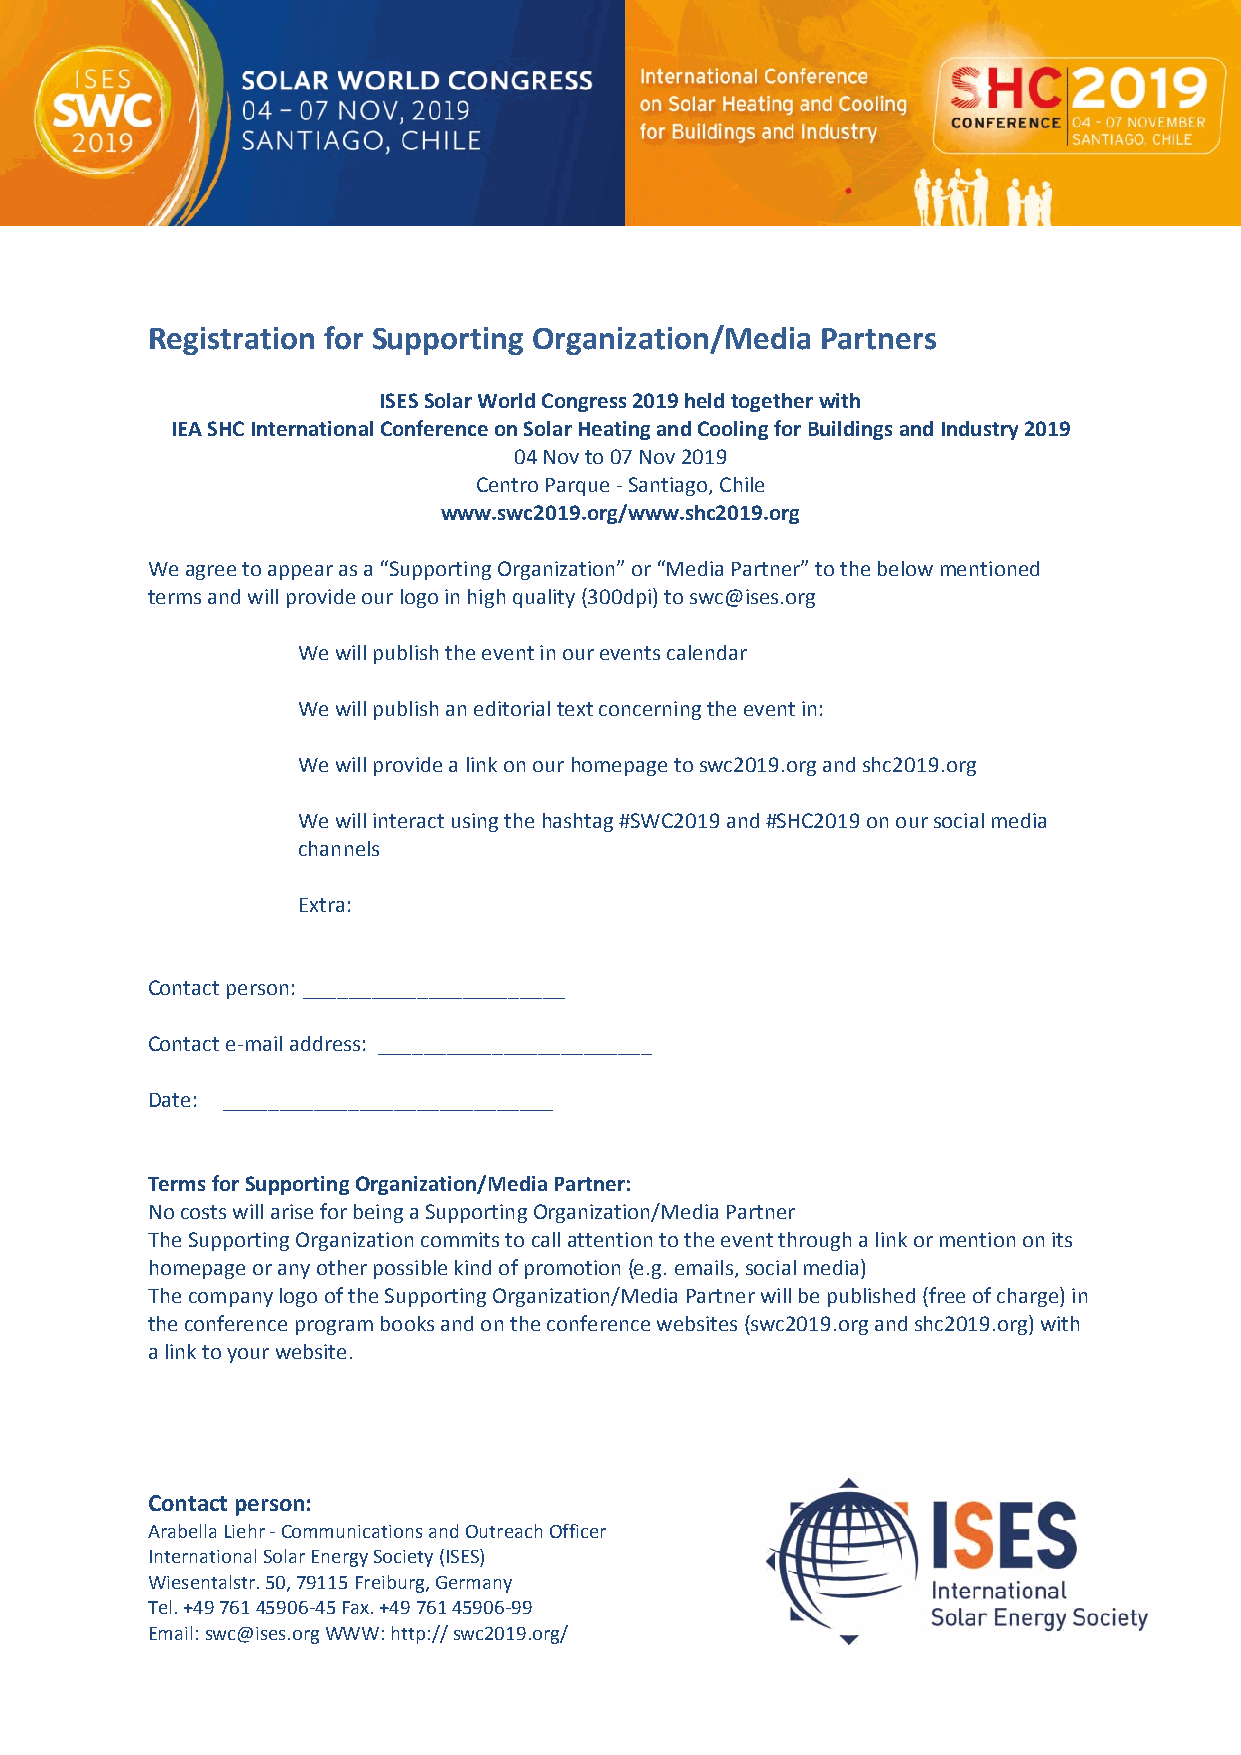
Registration for Supporting Organization/Media Partners
 ISES Solar World Congress 2019 held together with
 IEA SHC International Conference on Solar Heating and Cooling for Buildings and Industry 2019
 04 Nov to 07 Nov 2019
 Centro Parque ‐ Santiago, Chile
 www.swc2019.org/www.shc2019.org
 We agree to appear as a “Supporting Organization” or “Media Partner” to the below mentioned
 terms and will provide our logo in high quality (300dpi) to swc@ises.org
 We will publish the event in our events calendar
 We will publish an editorial text concerning the event in:
 We will provide a link on our homepage to swc2019.org and shc2019.org
 We will interact using the hashtag #SWC2019 and #SHC2019 on our social media
 channels
 Extra:
 Contact person: _______________________
 Contact e‐mail address: ________________________
 Date: _____________________________
 Terms for Supporting Organization/Media Partner:
 No costs will arise for being a Supporting Organization/Media Partner
 The Supporting Organization commits to call attention to the event through a link or mention on its
 homepage or any other possible kind of promotion (e.g. emails, social media)
 The company logo of the Supporting Organization/Media Partner will be published (free of charge) in
 the conference program books and on the conference websites (swc2019.org and shc2019.org) with
 a link to your website.
 Contact person:
 Arabella Liehr ‐ Communications and Outreach Officer
 International Solar Energy Society (ISES)
 Wiesentalstr. 50, 79115 Freiburg, Germany
 Tel. +49 761 45906‐45 Fax. +49 761 45906‐99
 Email: swc@ises.org WWW: http:// swc2019.org/